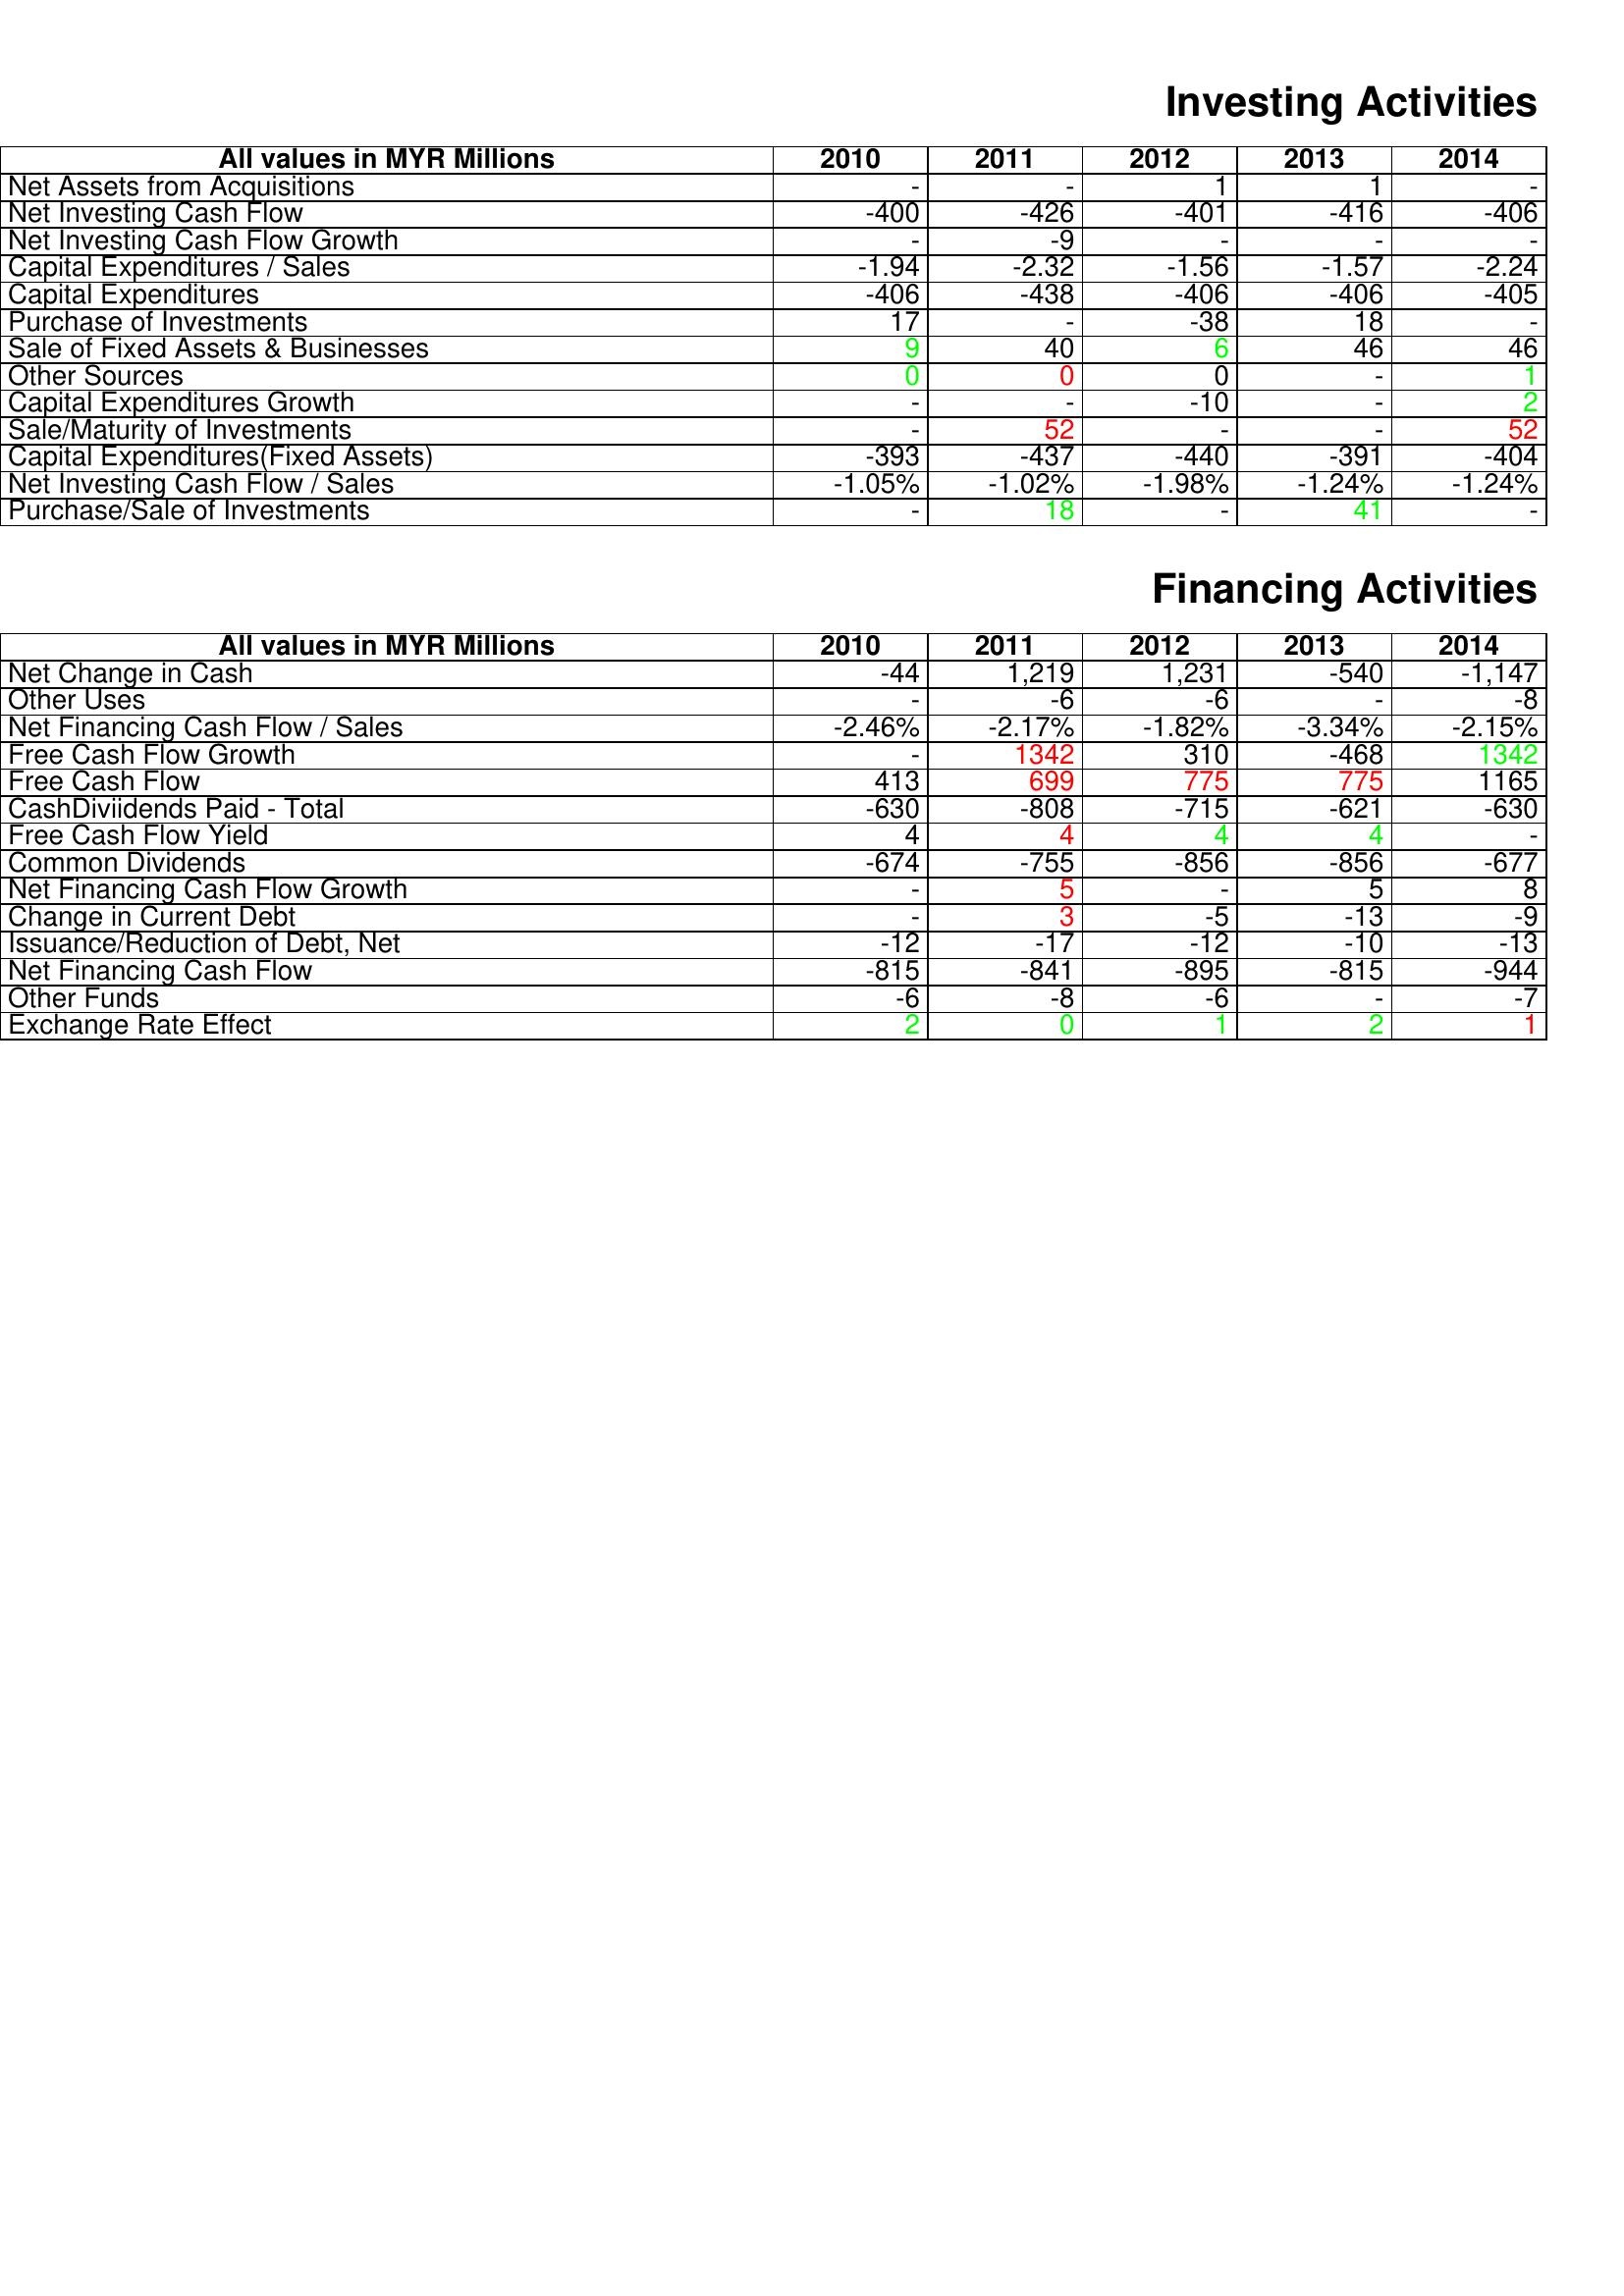
gt_parse: 2010: Investing Activities: Net Assets from Acquisitions: -
Net Investing Cash Flow: -400
Net Investing Cash Flow Growth: -
Capital Expenditures / Sales: -1.94
Capital Expenditures: -406
Purchase of Investments: 17
Sale of Fixed Assets & Businesses: 9
Other Sources: 0
Capital Expenditures Growth: -
Sale/Maturity of Investments: -
Capital Expenditures(Fixed Assets): -393
Net Investing Cash Flow / Sales: -1.05%
Purchase/Sale of Investments: -
Financing Activities: Net Change in Cash: -44
Other Uses: -
Net Financing Cash Flow / Sales: -2.46%
Free Cash Flow Growth: -
Free Cash Flow: 413
CashDiviidends Paid - Total: -630
Free Cash Flow Yield: 4
Common Dividends: -674
Net Financing Cash Flow Growth: -
Change in Current Debt: -
Issuance/Reduction of Debt, Net: -12
Net Financing Cash Flow: -815
Other Funds: -6
Exchange Rate Effect: 2
2011: Investing Activities: Net Assets from Acquisitions: -
Net Investing Cash Flow: -426
Net Investing Cash Flow Growth: -9
Capital Expenditures / Sales: -2.32
Capital Expenditures: -438
Purchase of Investments: -
Sale of Fixed Assets & Businesses: 40
Other Sources: 0
Capital Expenditures Growth: -
Sale/Maturity of Investments: 52
Capital Expenditures(Fixed Assets): -437
Net Investing Cash Flow / Sales: -1.02%
Purchase/Sale of Investments: 18
Financing Activities: Net Change in Cash: 1,219
Other Uses: -6
Net Financing Cash Flow / Sales: -2.17%
Free Cash Flow Growth: 1342
Free Cash Flow: 699
CashDiviidends Paid - Total: -808
Free Cash Flow Yield: 4
Common Dividends: -755
Net Financing Cash Flow Growth: 5
Change in Current Debt: 3
Issuance/Reduction of Debt, Net: -17
Net Financing Cash Flow: -841
Other Funds: -8
Exchange Rate Effect: 0
2012: Investing Activities: Net Assets from Acquisitions: 1
Net Investing Cash Flow: -401
Net Investing Cash Flow Growth: -
Capital Expenditures / Sales: -1.56
Capital Expenditures: -406
Purchase of Investments: -38
Sale of Fixed Assets & Businesses: 6
Other Sources: 0
Capital Expenditures Growth: -10
Sale/Maturity of Investments: -
Capital Expenditures(Fixed Assets): -440
Net Investing Cash Flow / Sales: -1.98%
Purchase/Sale of Investments: -
Financing Activities: Net Change in Cash: 1,231
Other Uses: -6
Net Financing Cash Flow / Sales: -1.82%
Free Cash Flow Growth: 310
Free Cash Flow: 775
CashDiviidends Paid - Total: -715
Free Cash Flow Yield: 4
Common Dividends: -856
Net Financing Cash Flow Growth: -
Change in Current Debt: -5
Issuance/Reduction of Debt, Net: -12
Net Financing Cash Flow: -895
Other Funds: -6
Exchange Rate Effect: 1
2013: Investing Activities: Net Assets from Acquisitions: 1
Net Investing Cash Flow: -416
Net Investing Cash Flow Growth: -
Capital Expenditures / Sales: -1.57
Capital Expenditures: -406
Purchase of Investments: 18
Sale of Fixed Assets & Businesses: 46
Other Sources: -
Capital Expenditures Growth: -
Sale/Maturity of Investments: -
Capital Expenditures(Fixed Assets): -391
Net Investing Cash Flow / Sales: -1.24%
Purchase/Sale of Investments: 41
Financing Activities: Net Change in Cash: -540
Other Uses: -
Net Financing Cash Flow / Sales: -3.34%
Free Cash Flow Growth: -468
Free Cash Flow: 775
CashDiviidends Paid - Total: -621
Free Cash Flow Yield: 4
Common Dividends: -856
Net Financing Cash Flow Growth: 5
Change in Current Debt: -13
Issuance/Reduction of Debt, Net: -10
Net Financing Cash Flow: -815
Other Funds: -
Exchange Rate Effect: 2
2014: Investing Activities: Net Assets from Acquisitions: -
Net Investing Cash Flow: -406
Net Investing Cash Flow Growth: -
Capital Expenditures / Sales: -2.24
Capital Expenditures: -405
Purchase of Investments: -
Sale of Fixed Assets & Businesses: 46
Other Sources: 1
Capital Expenditures Growth: 2
Sale/Maturity of Investments: 52
Capital Expenditures(Fixed Assets): -404
Net Investing Cash Flow / Sales: -1.24%
Purchase/Sale of Investments: -
Financing Activities: Net Change in Cash: -1,147
Other Uses: -8
Net Financing Cash Flow / Sales: -2.15%
Free Cash Flow Growth: 1342
Free Cash Flow: 1165
CashDiviidends Paid - Total: -630
Free Cash Flow Yield: -
Common Dividends: -677
Net Financing Cash Flow Growth: 8
Change in Current Debt: -9
Issuance/Reduction of Debt, Net: -13
Net Financing Cash Flow: -944
Other Funds: -7
Exchange Rate Effect: 1